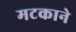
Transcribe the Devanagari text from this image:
मटकाने